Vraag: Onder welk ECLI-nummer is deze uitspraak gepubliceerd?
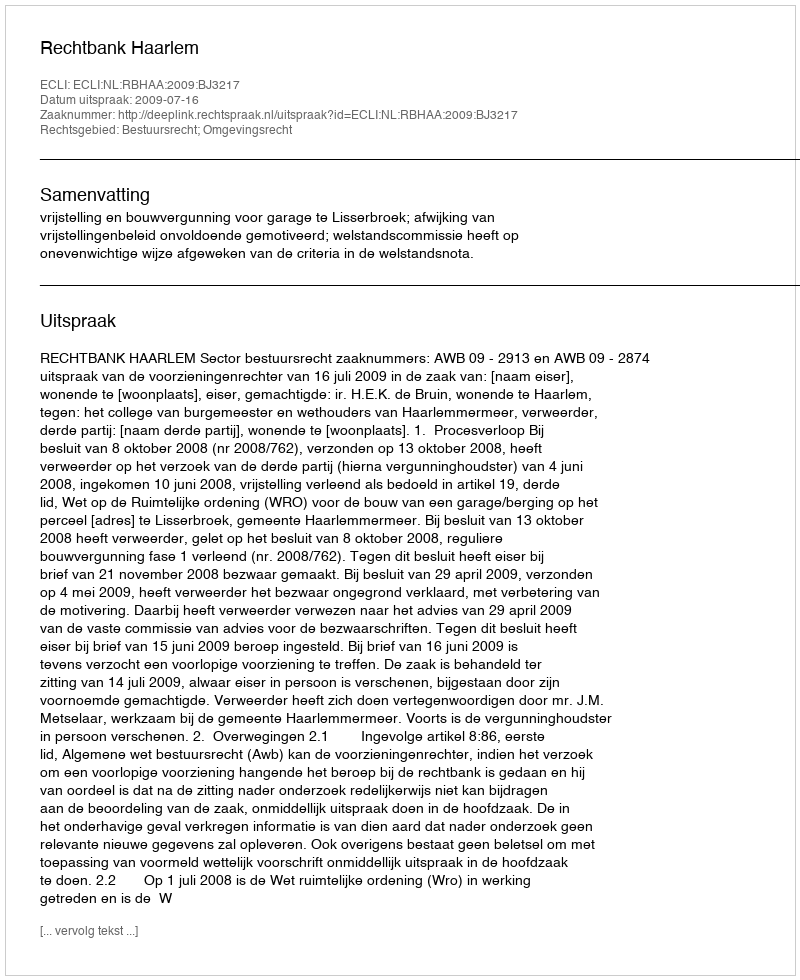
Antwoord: ECLI:NL:RBHAA:2009:BJ3217